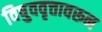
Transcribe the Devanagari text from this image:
विषुववृत्तावरून